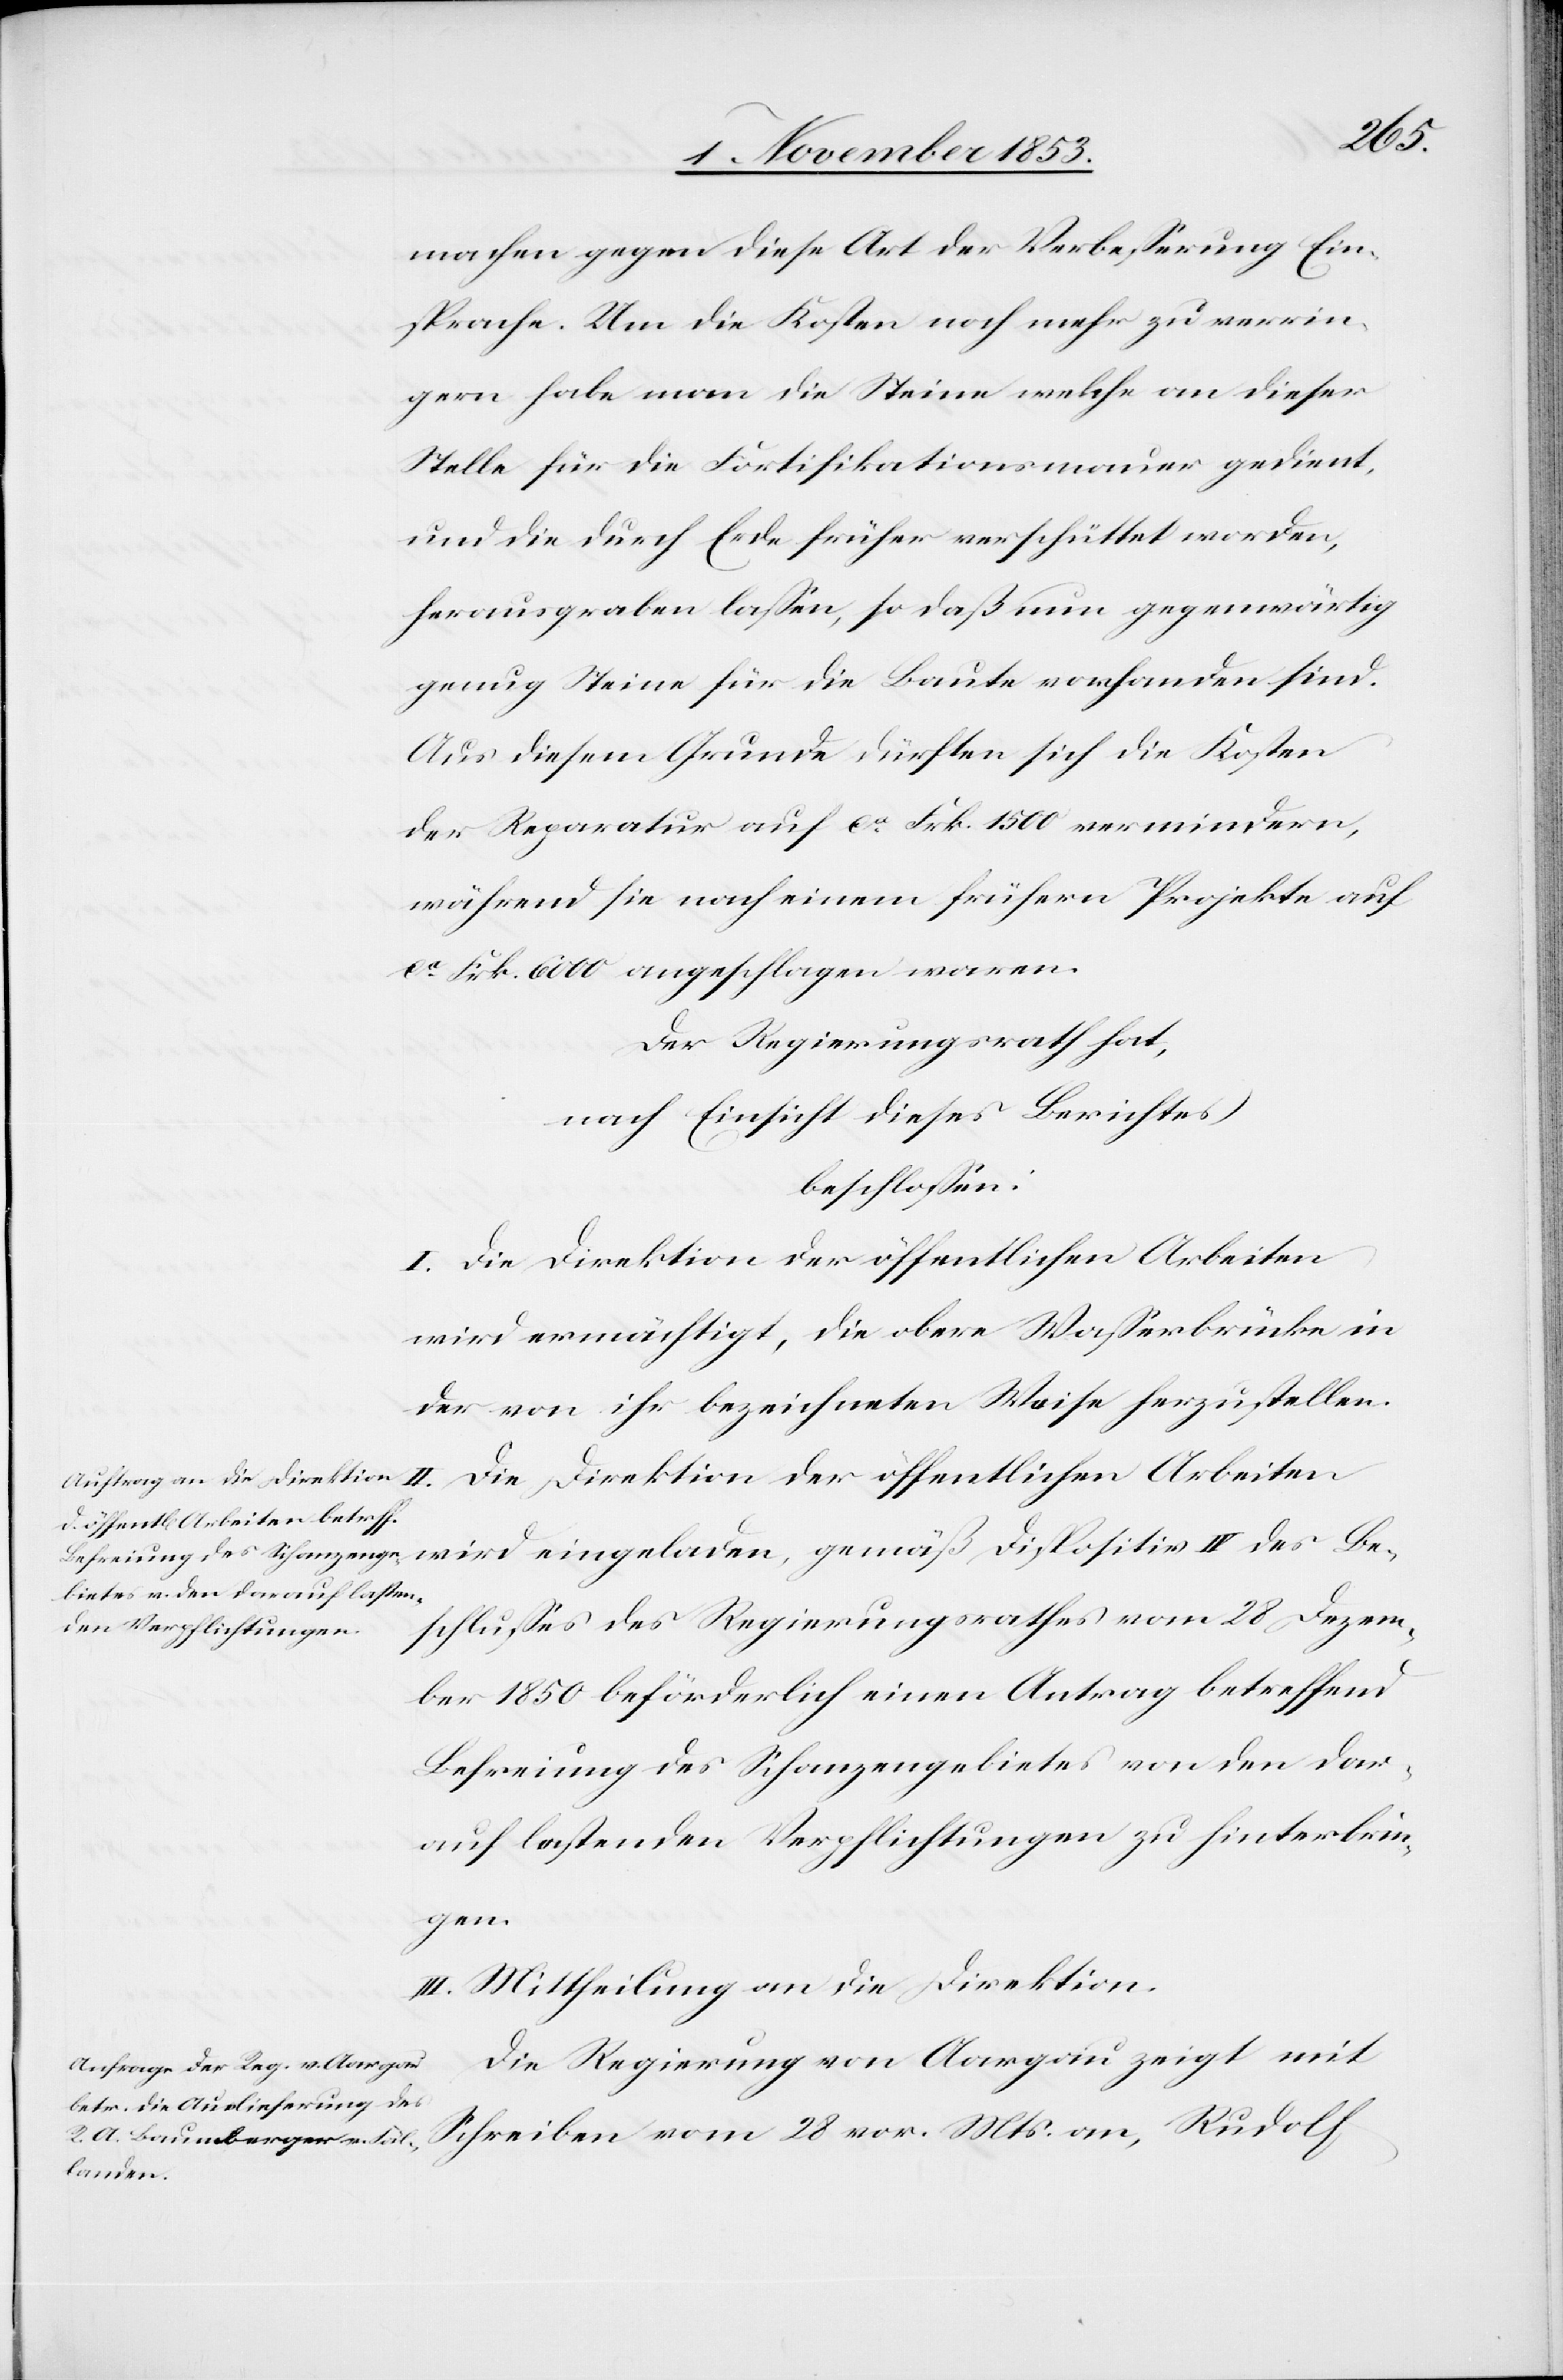
an,
machen gegen diese Art der Verbeßerung Ein¬
sprache. Um die Kosten noch mehr zu verrin¬
gern habe man die Steine welche an dieser
Stelle für die Fortifikationsmauer gedient,
und die durch Erde früher verschüttet worden,
herausgraben laßen, so daß nun gegenwärtig
genug Steine für die Baute vorhanden sind.
Aus diesem Grunde dürften sich die Kosten
der Reparatur auf ca Frk. 1500 vermindern,
während sie nach einem frühern Projekte auf
ca Frk. 6000 angeschlagen waren.
Der Regierungsrath hat,
nach Einsicht dieses Berichtes
beschloßen:
in
II. Die Direktion der öffentlichen Arbeiten
wird ermächtigt, die obere Waßerbrücke in
der von ihr bezeichneten Weise herzustellen.
schlußes des Regierungsrathes vom 28 Dezem¬
ber 1850 beförderlich einen Antrag betreffend
Befreiung des Schanzengebietes von den dar¬
auf lastenden Verpflichtungen zu hinterbrin¬
gen.
III. Mittheilung an die Direktion.
Die Regierung von Aargau zeigt mit